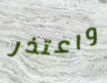
واعتذر